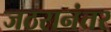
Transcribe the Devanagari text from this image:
जठरानंतर